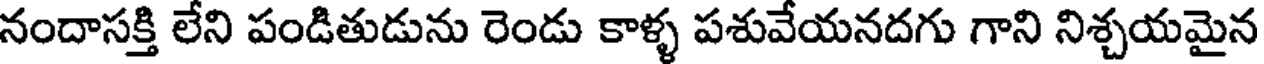
నందాసక్తి లేని పండితుడును రెండు కాళ్ళ పశువేయనదగు గాని నిశ్చయమైన